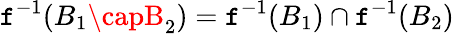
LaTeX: \mathtt{f}^{-1}(B_{1}\capB_{2})=\mathtt{f}^{-1}(B_{1})\cap\mathtt{f}^{-1}(B_{2})